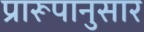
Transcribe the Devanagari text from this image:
प्रारूपानुसार